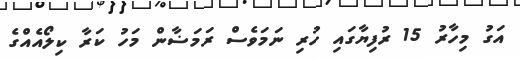
އަގު މިހާރު 15 ރުފިޔާގައި ހުރި ނަމަވެސް ރަމަޟާން މަހު ކަރާ ކިލޯއެއްގެ